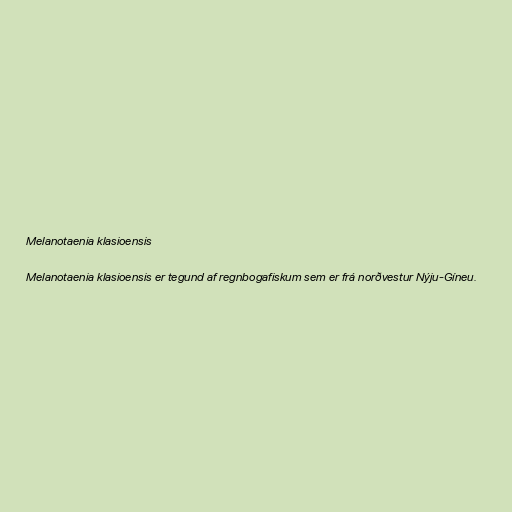
Melanotaenia klasioensis

Melanotaenia klasioensis er tegund af regnbogafiskum sem er frá norðvestur Nýju-Gíneu.